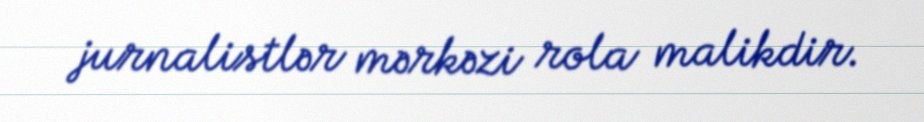
jurnalistlər mərkəzi rola malikdir.